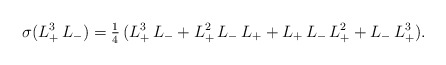
\begin{align*}\sigma(L_+^3\,L_-)=\tfrac{1}{4}\,(L_+^3\,L_-+L_+^2\,L_-\,L_++L_+\,L_-\,L_+^2+L_-\,L_+^3).\end{align*}